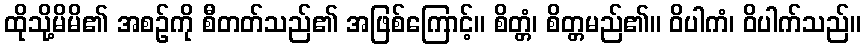
ထိုသို့မိမိ၏ အစဉ်ကို စီတတ်သည်၏ အဖြစ်ကြောင့်။ စိတ္တံ၊ စိတ္တမည်၏။ ဝိပါကံ၊ ဝိပါက်သည်။